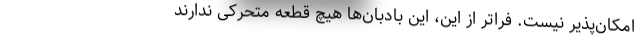
امکان‌پذیر نیست. فراتر از این، این بادبان‌ها هیچ قطعه متحرکی ندارند